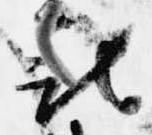
被